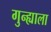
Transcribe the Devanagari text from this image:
गुन्ह्याला